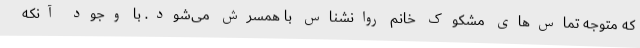
که متوجه تماس‌های مشکوک خانم روانشناس با همسرش می‌شود. با وجود آنکه